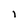
Character: i